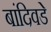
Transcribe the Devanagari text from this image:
बांदिवडे